Document type: bank_statement
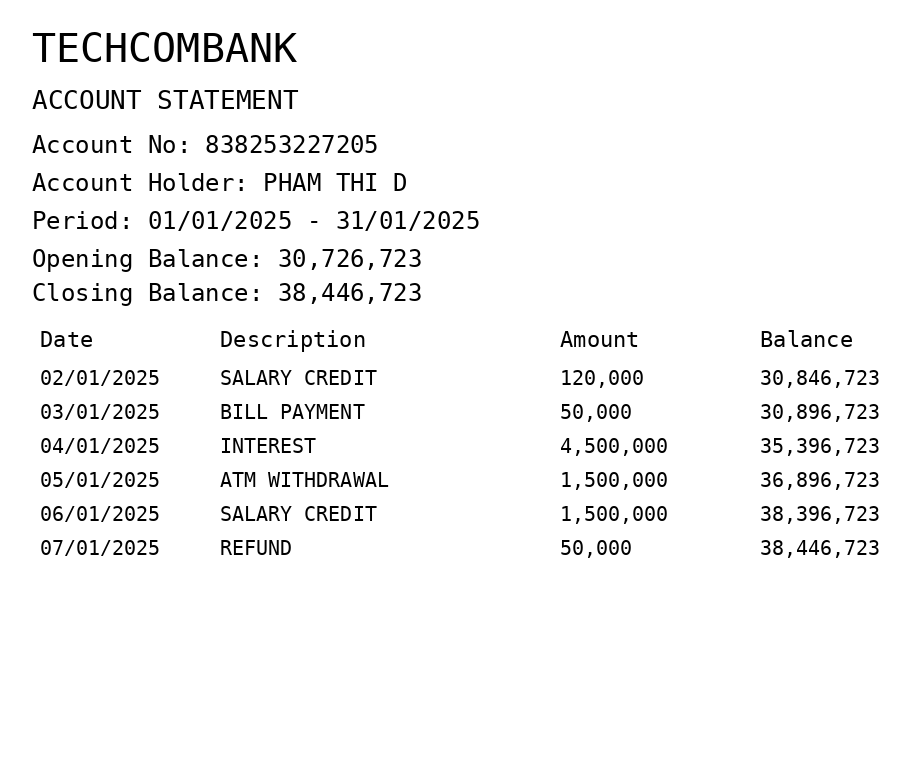
OCR transcript:
TECHCOMBANK
ACCOUNT STATEMENT
Account No: 838253227205
Account Holder: PHAM THI D
Period: 01/01/2025 - 31/01/2025
Opening Balance: 30,726,723
Closing Balance: 38,446,723
Date
Description
Amount
Balance
02/01/2025
SALARY CREDIT
120,000
30,846,723
03/01/2025
BILL PAYMENT
50,000
30,896,723
04/01/2025
INTEREST
4,500,000
35,396,723
05/01/2025
ATM WITHDRAWAL
1,500,000
36,896,723
06/01/2025
SALARY CREDIT
1,500,000
38,396,723
07/01/2025
REFUND
50,000
38,446,723
Extracted fields:
bank_name: techcombank
account_number: 838253227205
account_holder: pham thi d
statement_period: 01/01/2025 - 31/01/2025
opening_balance: 30726723
closing_balance: 38446723
transactions: date: 2025-01-02
description: salary credit
amount: 120000
balance: 30846723
date: 2025-01-03
description: bill payment
amount: 50000
balance: 30896723
date: 2025-01-04
description: interest
amount: 4500000
balance: 35396723
date: 2025-01-05
description: atm withdrawal
amount: 1500000
balance: 36896723
date: 2025-01-06
description: salary credit
amount: 1500000
balance: 38396723
date: 2025-01-07
description: refund
amount: 50000
balance: 38446723